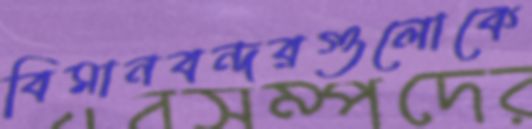
বিমানবন্দরগুলোকে